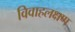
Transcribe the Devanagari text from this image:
विवाहलक्षण